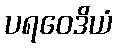
ပရဝေဒိယံ